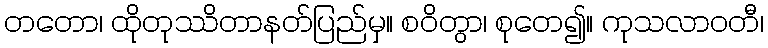
တတော၊ ထိုတုဿိတာနတ်ပြည်မှ။ စဝိတွာ၊ စုတေ၍။ ကုသလာဝတီ၊